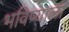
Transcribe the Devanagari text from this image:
भविष्याला